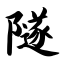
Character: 隧